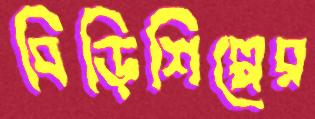
বিড়িশিল্পের